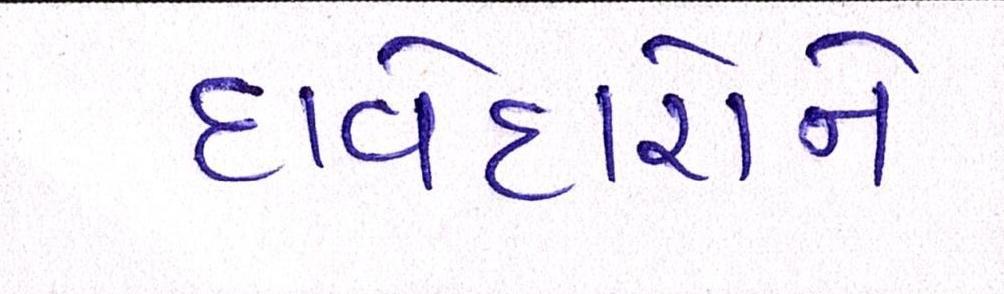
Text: દાવેદારોને